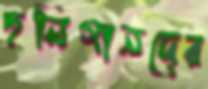
হুলিগানদের